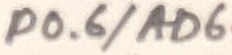
Text: P0.6/AD6